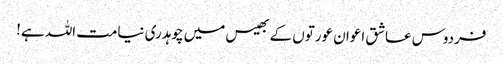
فردوس عاشق اعوان عورتوں کے بھیس میں چوہدری نیامت اللہ ہے!